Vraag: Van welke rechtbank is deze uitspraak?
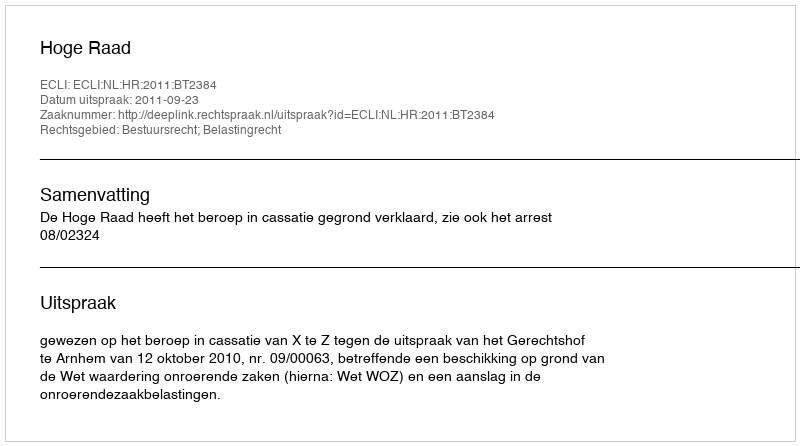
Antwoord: Hoge Raad